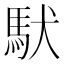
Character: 䭾